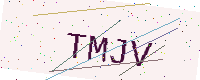
Text: TMJV